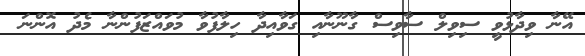
އޭނާ ވިދާޅުވީ ސިވިލް ސާވިސް ގާނޫނާއި ގަވާއިދާ ހިލާފުވާ މުވައްޒަފުންނާ މެދު އޮންނަ